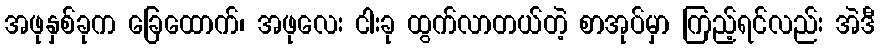
အဖုနှစ်ခုက ခြေထောက်၊ အဖုလေး ငါးခု ထွက်လာတယ်တဲ့ စာအုပ်မှာ ကြည့်ရင်လည်း အဲဒီ